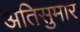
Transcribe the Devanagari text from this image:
अतिसुमार